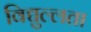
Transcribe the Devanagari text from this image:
विद्युल्लता